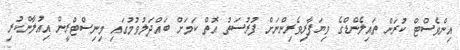
އިންވެސްޓް ކުރަން ތައިލެންޑްގެ ވިޔަފާރިވެރިންނަށް ފުރުސަތު އޮތް ކަމަށް ބައްދަލުވުމުގައި މިނިސްޓްރީން އިއުލާންކުރި